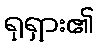
ရုရှား၏